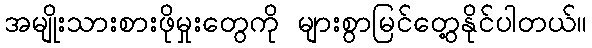
အမျိုးသားစားဖိုမှုးတွေကို များစွာမြင်တွေ့နိုင်ပါတယ်။